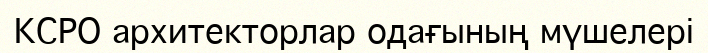
КСРО архитекторлар одағының мүшелері